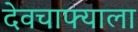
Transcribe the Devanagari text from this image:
देवचाफ्याला